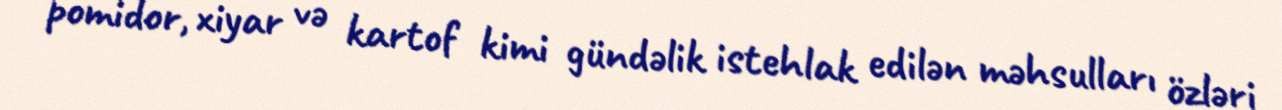
pomidor, xiyar və kartof kimi gündəlik istehlak edilən məhsulları özləri